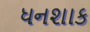
ધનશાક